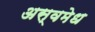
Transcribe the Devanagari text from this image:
अस्वमेध